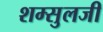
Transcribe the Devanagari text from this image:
शम्सुलजी